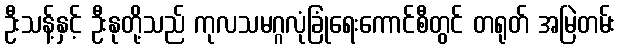
ဦးသန့်နှင့် ဦးနုတို့သည် ကုလသမဂ္ဂလုံခြုံရေးကောင်စီတွင် တရုတ် အမြဲတမ်း